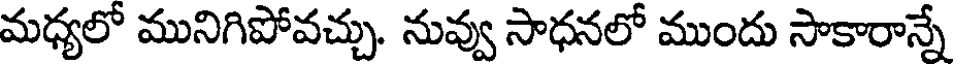
మధ్యలో మునిగిపోవచ్చు. నువ్వు సాధనలో ముందు సాకారాన్నే